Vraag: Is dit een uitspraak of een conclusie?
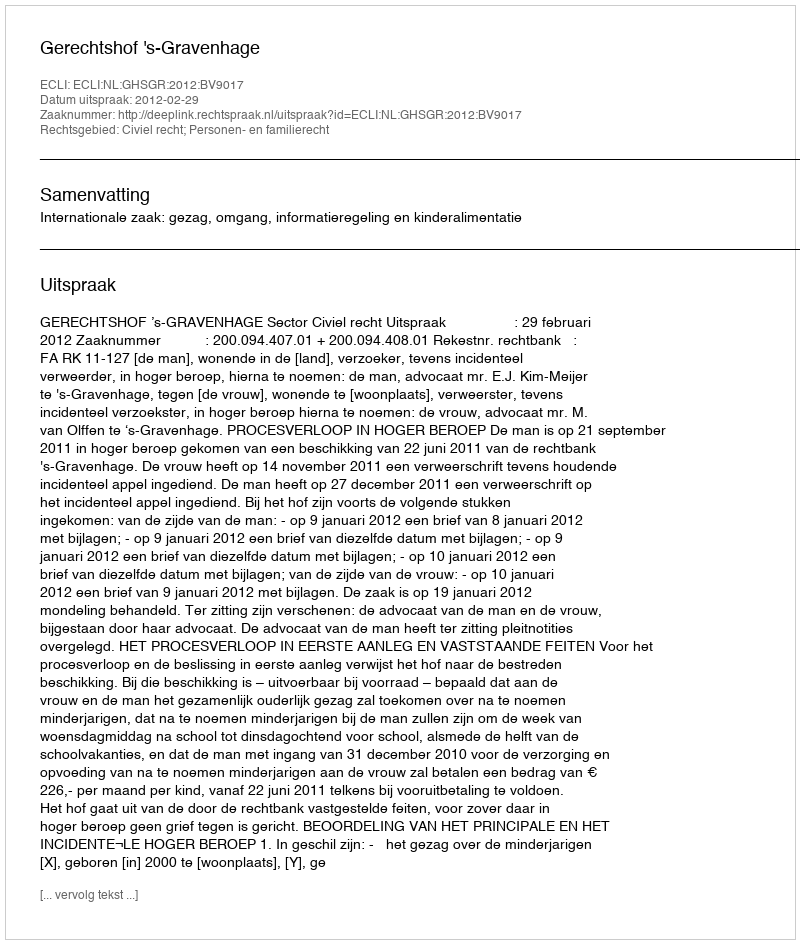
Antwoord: Uitspraak